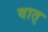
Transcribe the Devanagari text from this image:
वात्